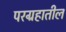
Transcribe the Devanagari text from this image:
परग्रहातील